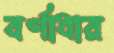
বর্ণাধার